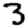
Digit: 3